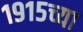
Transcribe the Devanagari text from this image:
१९१५च्या